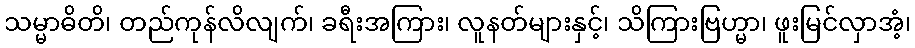
သမ္မာဓိတိ၊ တည်ကုန်လိလျက်၊ ခရီးအကြား၊ လူနတ်များနှင့်၊ သိကြားဗြဟ္မာ၊ ဖူးမြင်လှာအံ့၊